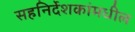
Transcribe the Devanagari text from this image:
सहनिर्देशकांमधील